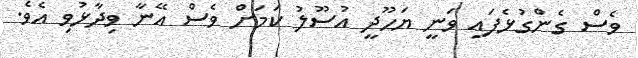
ވެސް ގެންގުޅެފައި ވަނީ ޔަހޫދީ އުސޫލު ކަމަށް ވެސް އޭނާ ވިދާޅުވި އެވެ.